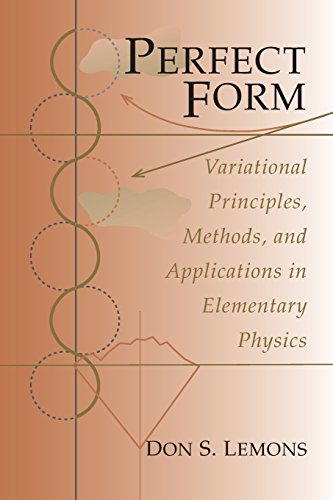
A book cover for Perfect Form; Don S. Lemons; Science & Math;